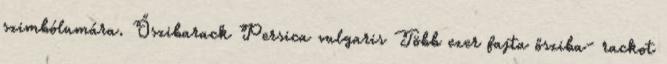
szimbólumára. Őszibarack Persica vulgaris Több ezer fajta ősziba- rackot